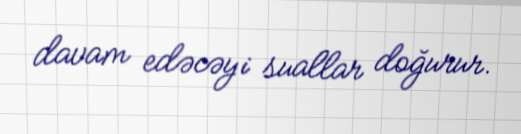
davam edəcəyi suallar doğurur.